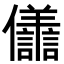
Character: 𭀒